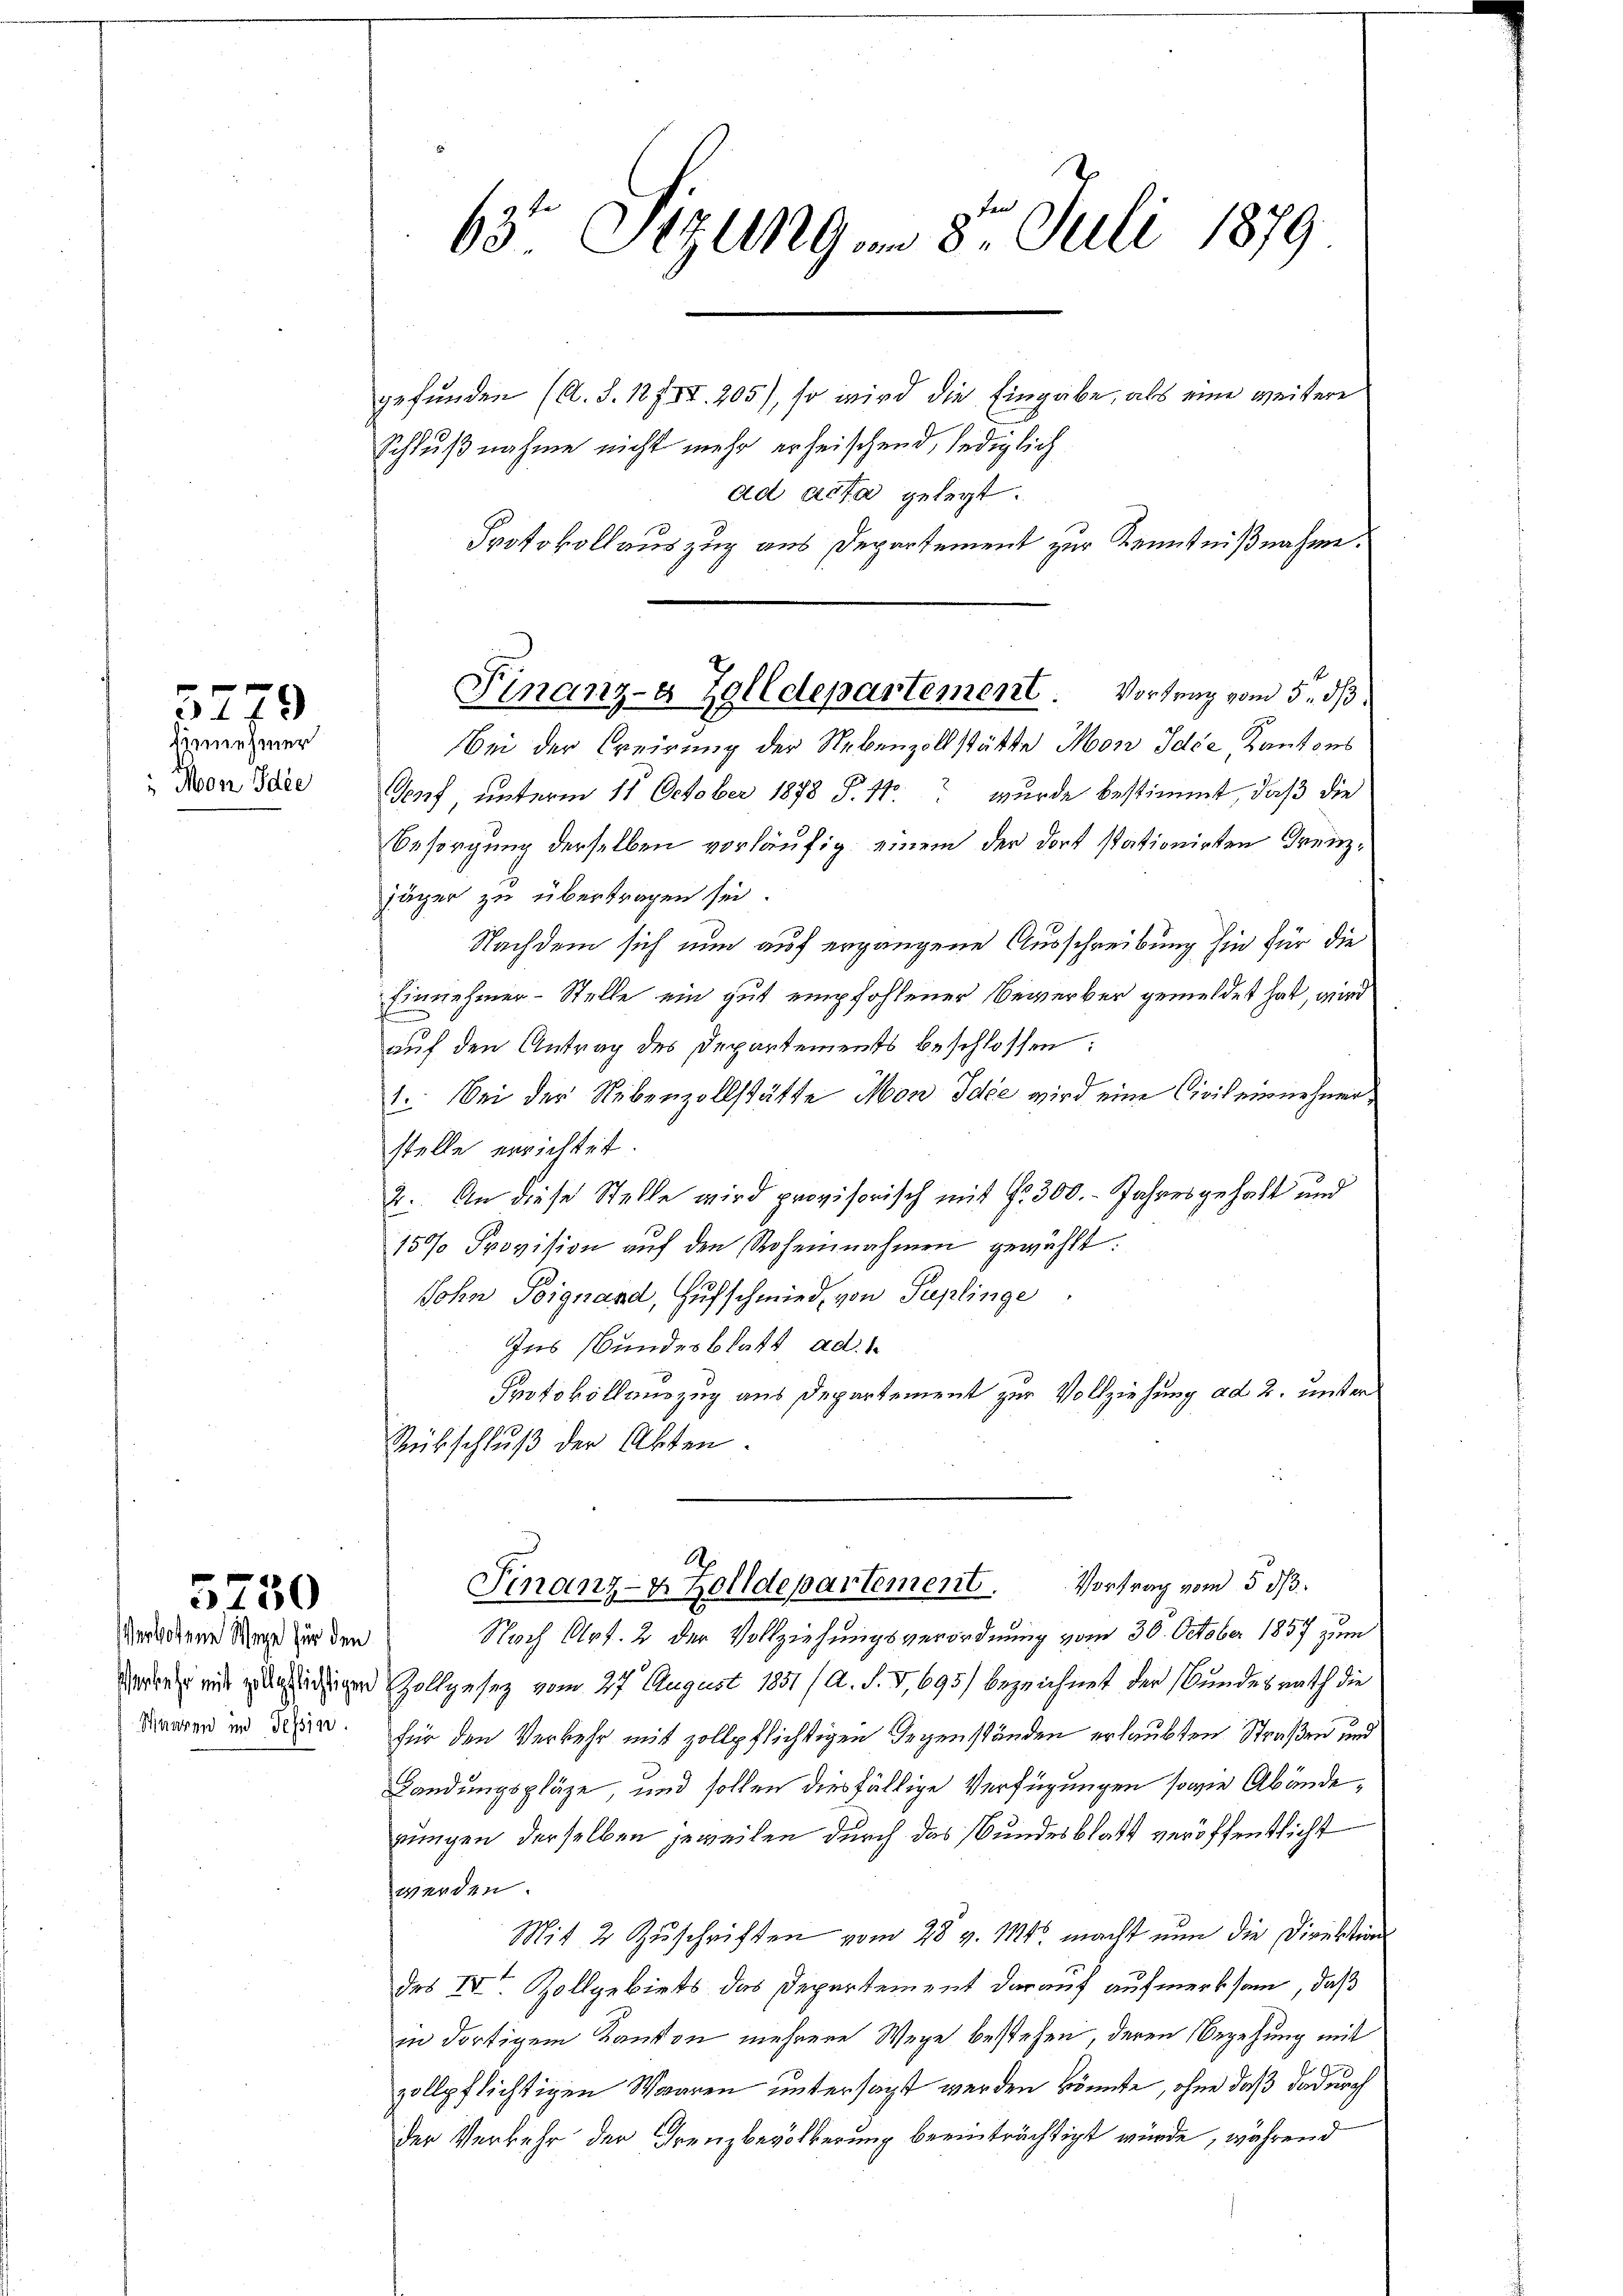
5779
innnehmer

Mon Idee

5730

Verbotene Wege für den
Maaren in Tessin.

gefunden (A. S. 127 VI. 205), so wird die Eingabe, als eine weitere
Schlußnahme nicht mehr erheischend, lediglich
ad acta gelegt.
Protokollauszug aus Departement zur Kenntnißnahme.

63 Sizung im 8. Juli 1879

bei der Creirung der Nebenzollstätte Mon Idee Kantons
Senf, unterm 11. October 1878 S. 11. wurde bestimmt, daß die
Besorgung derselben vorläufig einem der dort stationirten Grenzjäger zu übertragen sei.
Nachdem sich nun auf ergangene Ausschreibung hin für die
Einnehmer-Stelle ein gut empfohlener Bewerber gemeldet hat, wird
n
auf den Antrag des Departements beschlossen:
1. Bei der Nebenzollstätte Mon Idee wird eine Civil einnehmer,
stelle errichtet.
2. An diese Stelle wird provisorisch mit G. 300. Jahresgehalt und
15% Provision auf den Roheinnahmen gewählt:
Sohn Poignand, Hufschmied, von Replinge
Ins Bundesblatt ad 1.
Protokollauszug aus Departement zur Vollziehung ad 2. unser
Rübschluß der Akten.

Finanz-a Zolldepartement. Vortrag vom 5. dß.

Nach Art. 2 der Vollziehungsverordnung vom 30. October 1857 zum
dedersende gänzlichtiger Zollgesetz vom 27. August 1851 /A. d. V, 695) bezeichnet der Bundesrath die
für den Verkehr mit zollpflichtigen Gegenständen erlaubten Straßen und
Landungspläge, und sollen diesfällige Verfügungen sowie Abänderungen derselben jeweilen durch das Bundesblatt veröffentlicht
werden.
Mit 2 Zŭschriften vom 28 v. 114. macht nun die Direktion
des IV. Zollgebiets das Departement darauf aufmerksam, daß
in dortigem Kanton mehrere Wege bestehen, deren Begehung mit
zollpflichtigen Waaren untersagt werden könnte, ohne daß dadurch
der Verkehr der Grenzbevölkerung beeinträchtigt würde, während

Finanz- & Zolldepartement. Vortrag vom 5. ds.